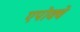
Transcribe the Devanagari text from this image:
एपोक्वे